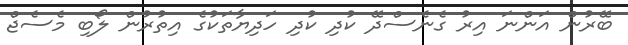
ބޭރުން އަންނަ އިރު ގެނެސްދޭ ކުދި ކުދި ހަދިޔާތަކުގެ އިތުރުން ލޯބި މެސެޖް